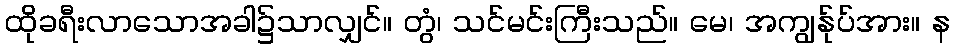
ထိုခရီးလာသောအခါ၌သာလျှင်။ တွံ၊ သင်မင်းကြီးသည်။ မေ၊ အကျွန်ုပ်အား။ န